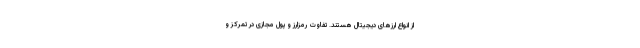
از انواع ارزهای دیجیتال هستند. تفاوت رمزارز و پول مجازی در تمرکز و